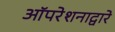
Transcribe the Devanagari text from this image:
ऑपरेशनाद्वारे